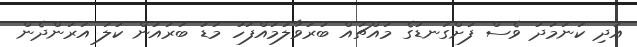
އަދި ކަނަމަދު ވެސް ފުށްގަނޑުގެ މައްޗައް ބުރުވާލުމައްފަހު މަޑު ބަރައުން ކުލަ އަރަންދެން